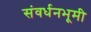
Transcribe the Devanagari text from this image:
संवर्धनभूमी